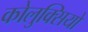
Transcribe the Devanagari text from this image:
कोलुक्सियो